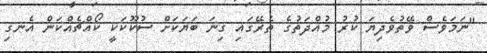
"ނަމަވެސް ވޭތުވެދިޔަ ކުރު މުއްދަތުގެ ތެރޭގައި ގިނަ ބަޔަކަށް ސުކޫކަކީ ކޯއްޗެއްކަން އެނގި